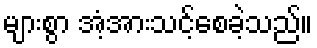
များစွာ အံ့အားသင့်စေခဲ့သည်။